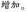
增加。